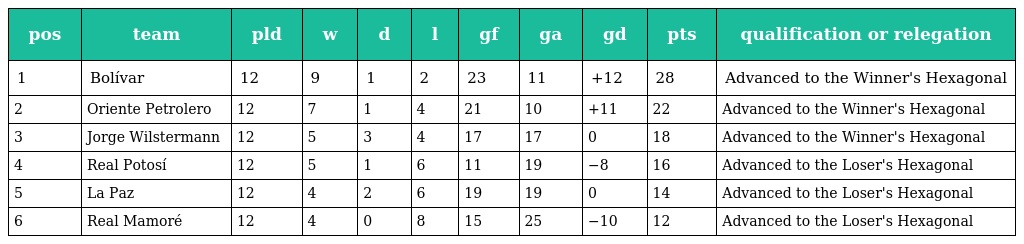
| pos | team | pld | w | d | l | gf | ga | gd | pts | qualification or relegation |
 | --- | --- | --- | --- | --- | --- | --- | --- | --- | --- | --- |
 | 1 | Bolívar | 12 | 9 | 1 | 2 | 23 | 11 | +12 | 28 | Advanced to the Winner's Hexagonal |
 | 2 | Oriente Petrolero | 12 | 7 | 1 | 4 | 21 | 10 | +11 | 22 | Advanced to the Winner's Hexagonal |
 | 3 | Jorge Wilstermann | 12 | 5 | 3 | 4 | 17 | 17 | 0 | 18 | Advanced to the Winner's Hexagonal |
 | 4 | Real Potosí | 12 | 5 | 1 | 6 | 11 | 19 | −8 | 16 | Advanced to the Loser's Hexagonal |
 | 5 | La Paz | 12 | 4 | 2 | 6 | 19 | 19 | 0 | 14 | Advanced to the Loser's Hexagonal |
 | 6 | Real Mamoré | 12 | 4 | 0 | 8 | 15 | 25 | −10 | 12 | Advanced to the Loser's Hexagonal |